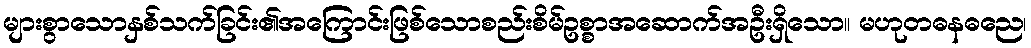
များစွာသောနှစ်သက်ခြင်း၏အကြောင်းဖြစ်သောစည်းစိမ်ဥစ္စာအဆောက်အဦးရှိသော။ မဟုတဓနဓညေ၊